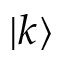
| k \rangle